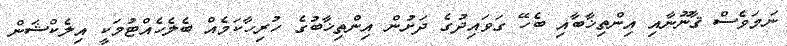
ނަމަވެސް ޤާނޫނާއި އިންތިޚާބާއި ބެހޭ ގަވައިދުގެ ދަށުން އިންތިޚާބުގެ ހުރިހާކަމެއް ބެލެހެއްޓުމަކީ އިލެކްޝަން